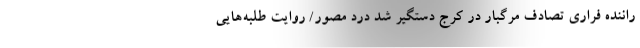
راننده فراری تصادف مرگبار در کرج دستگیر شد درد مصور/ روایت طلبه‌هایی